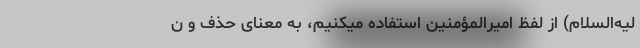
لیه‌السلام) از لفظ امیرالمؤمنین استفاده میکنیم، به‌ معنای حذف و ن